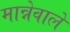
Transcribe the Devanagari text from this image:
मान्नेवाले